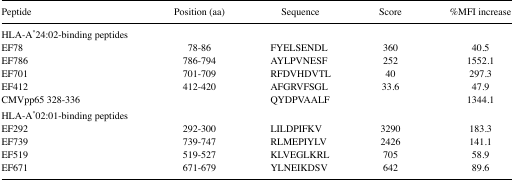
<table><thead><tr><td><b>Peptide</b></td><td><b>Position (aa)</b></td><td><b>Sequence</b></td><td><b>Score</b></td><td><b>%MFI increase</b></td></tr></thead><tbody><tr><td>HLA-A<sup>*</sup>24:02-binding peptides</td><td></td><td></td><td></td><td></td></tr><tr><td>EF78</td><td>78–86</td><td>FYELSENDL</td><td>360</td><td>40.5</td></tr><tr><td>EF786</td><td>786–794</td><td>AYLPVNESF</td><td>252</td><td>1552.1</td></tr><tr><td>EF701</td><td>701–709</td><td>RFDVHDVTL</td><td>40</td><td>297.3</td></tr><tr><td>EF412</td><td>412–420</td><td>AFGRVFSGL</td><td>33.6</td><td>47.9</td></tr><tr><td>CMVpp65 328–336</td><td></td><td>QYDPVAALF</td><td></td><td>1344.1</td></tr><tr><td>HLA-A<sup>*</sup>02:01-binding peptides</td><td></td><td></td><td></td><td></td></tr><tr><td>EF292</td><td>292–300</td><td>LILDPIFKV</td><td>3290</td><td>183.3</td></tr><tr><td>EF739</td><td>739–747</td><td>RLMEPIYLV</td><td>2426</td><td>141.1</td></tr><tr><td>EF519</td><td>519–527</td><td>KLVEGLKRL</td><td>705</td><td>58.9</td></tr><tr><td>EF671</td><td>671–679</td><td>YLNEIKDSV</td><td>642</td><td>89.6</td></tr></tbody></table>